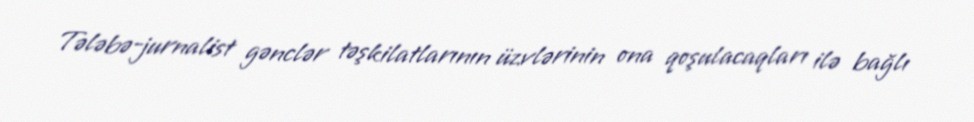
Tələbə-jurnalist gənclər təşkilatlarının üzvlərinin ona qoşulacaqları ilə bağlı